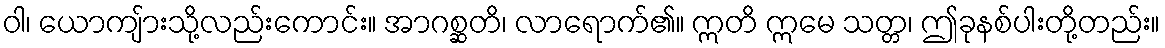
ဝါ၊ ယောကျ်ားသို့လည်းကောင်း။ အာဂစ္ဆတိ၊ လာရောက်၏။ ဣတိ ဣမေ သတ္တ၊ ဤခုနစ်ပါးတို့တည်း။